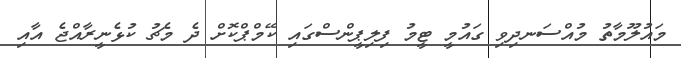
މައުލޫމާތު މުއްސަނދިވި ގައުމީ ޓީމު ފިލިޕީންސްގައި ކޭމްޕްކޮށް ދެ މެޗު ކުޅެނީރާއްޖެ އާއި